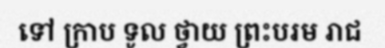
ទៅ ក្រាប ទូល ថ្វាយ ព្រះបរម រាជ